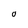
Character: O